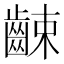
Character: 𪘜